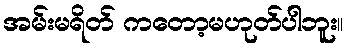
အမ်းမရိတ် ကတော့မဟုတ်ပါဘူး။